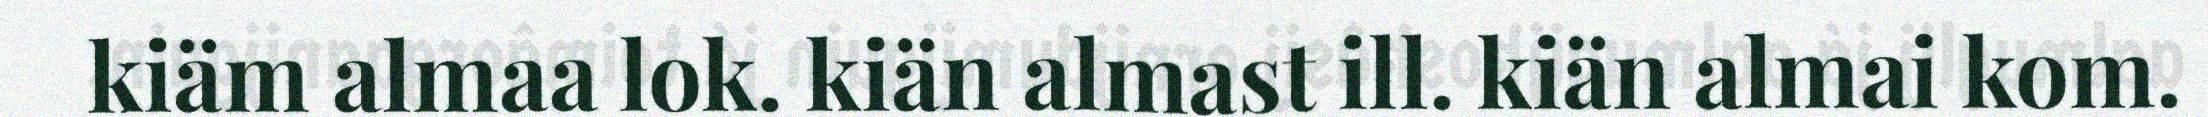
kiäm almaa lok. kiän almast ill. kiän almai kom.